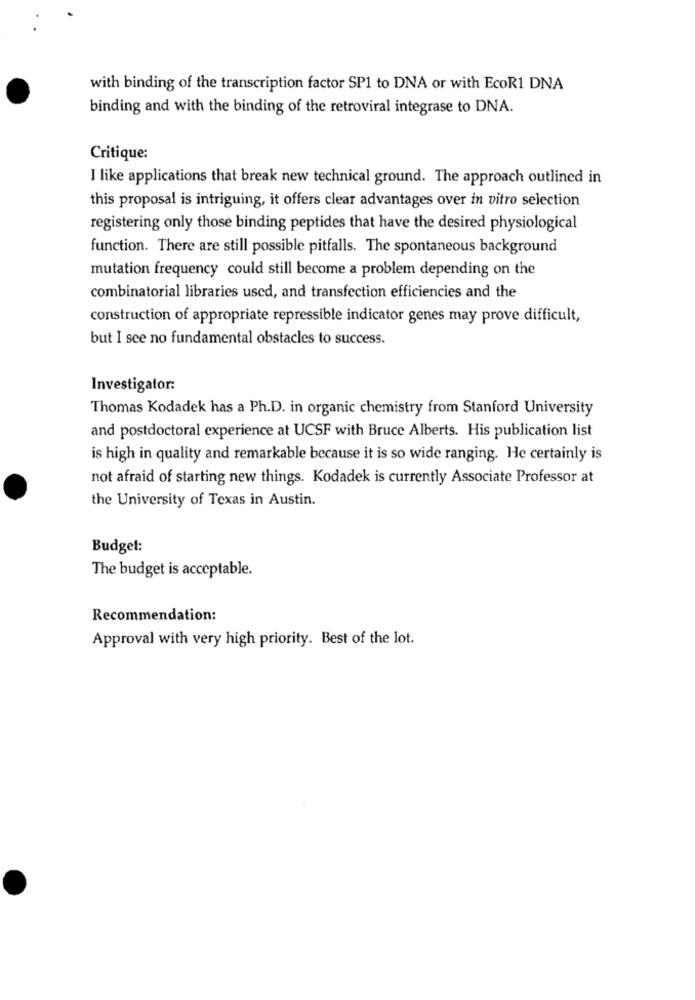
with binding of the transcription factor SP1 to DNA or with EcoR1 DNA
binding and with the binding of the retroviral integrase to DNA.
Critique:
I like applications that break new technical ground. The approach outlined in
this proposal is intriguing, it offers clear advantages over in vitro selection
registering only those binding peptides that have the desired physiological
function. There are still possible pitfalls. The spontaneous background
mutation frequency could still become a problem depending on the
combinatorial libraries used, and transfection efficiencies and the
construction of appropriate repressible indicator genes may prove difficult,
but I see no fundamental obstacles to success.
Investigator:
Thomas Kodadek has a Ph.D. in organic chemistry from Stanford University
and postdoctoral experience at UCSF with Bruce Alberts. His publication list
is high in quality and remarkable because it is so wide ranging. He certainly is
not afraid of starting new things. Kodadek is currently Associate Professor at
the University of Texas in Austin.
Budget:
The budget is acceptable.
Recommendation:
Approval with very high priority. Best of the lot.